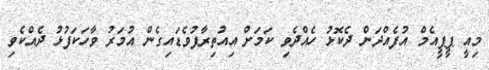
މިއީ ޕީޕީއެމް އުފެއްދަން ދެކޮޅު ހެއްދެވި ކަމަށް އިއުތިރާފުވެޑައިގެން އުމަރު ވާހަކަފުޅު ދެއްކެވި